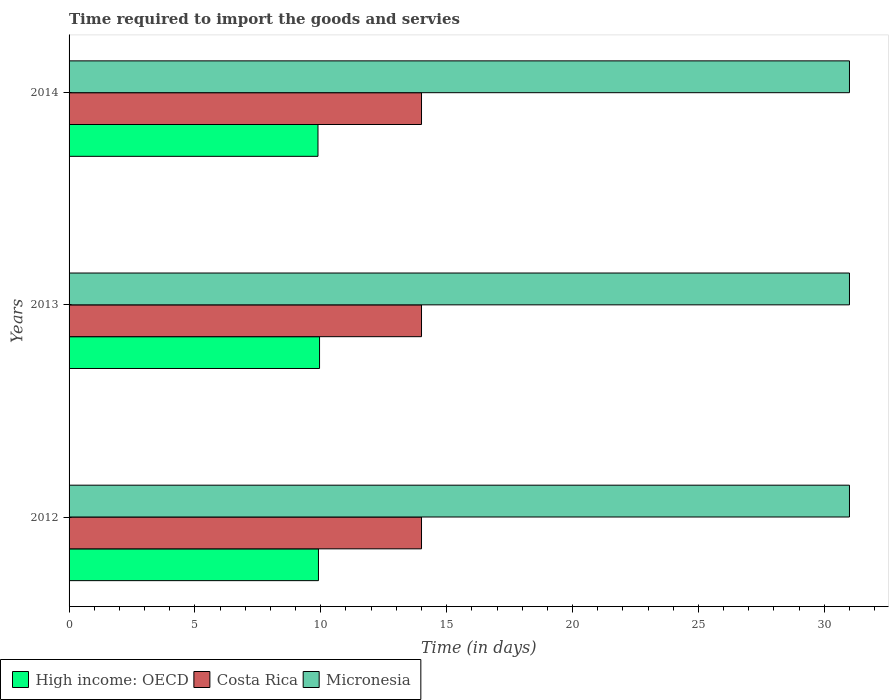
| Years | High income: OECD | Costa Rica | Micronesia |
 | --- | --- | --- | --- |
 | 2012 | 9.91 | 14 | 31 |
 | 2013 | 9.95 | 14 | 31 |
 | 2014 | 9.89 | 14 | 31 |